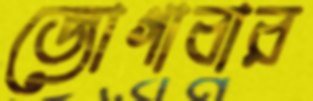
জোগাবার